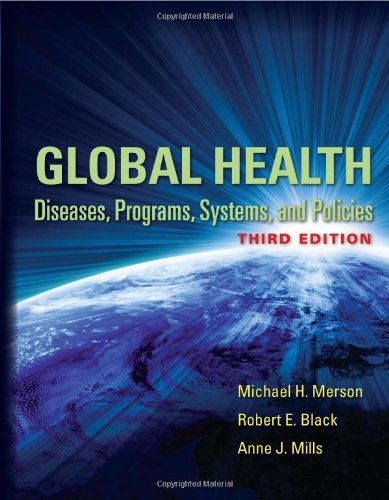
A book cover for Global Health: Diseases, Programs, Systems, and Policies; Michael H. Merson; Medical Books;